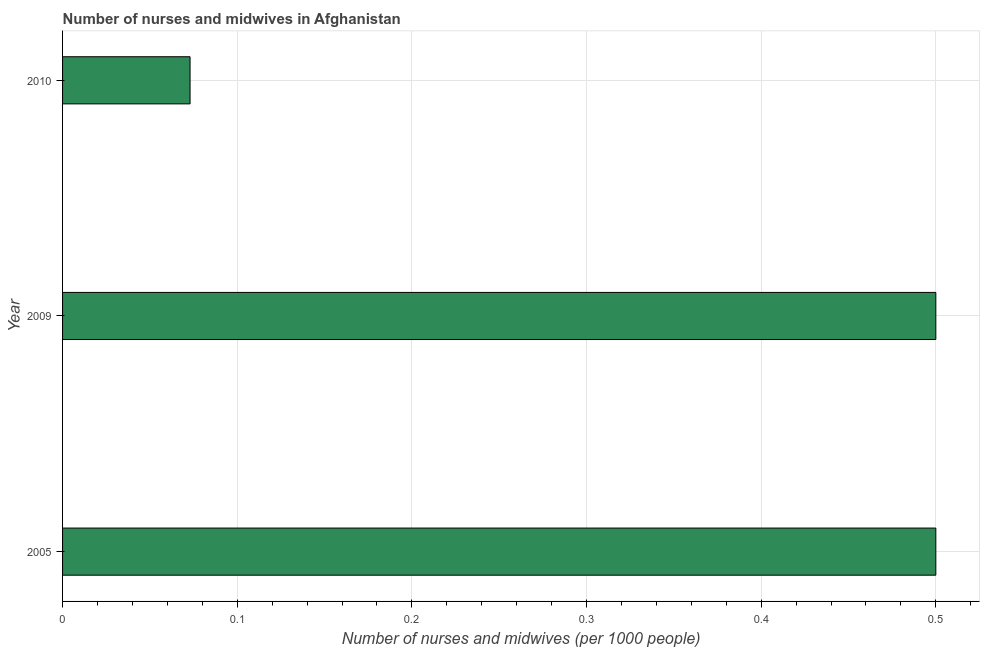
| Year | Nurses and midwives |
 | --- | --- |
 | 2005 | 0.5 |
 | 2009 | 0.5 |
 | 2010 | 0.073 |